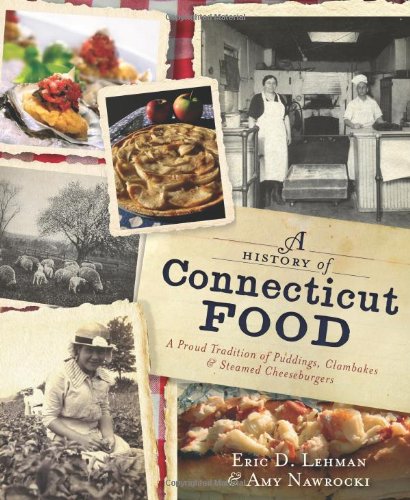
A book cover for A History of Connecticut Food:: A Proud Tradition of Puddings, Clambakes & Steamed Cheeseburgers (American Palate); Eric D. Lehman; Cookbooks, Food & Wine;